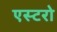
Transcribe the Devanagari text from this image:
एस्टरो